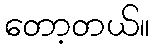
တော့တယ်။